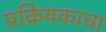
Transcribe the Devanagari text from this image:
प्रक्रियकाचा